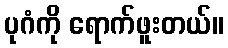
ပုဂံကို ရောက်ဖူးတယ်။